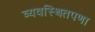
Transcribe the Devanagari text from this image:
व्यवस्थितपणा